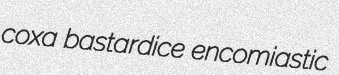
coxa bastardice encomiastic